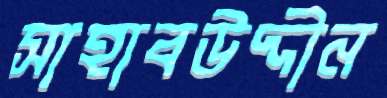
সাহাবউদ্দীন